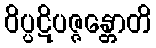
ဝိပ္ပဋိပဇ္ဇန္တောတိ